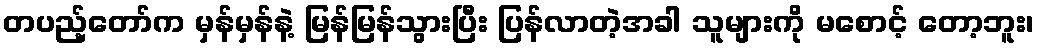
တပည့်တော်က မှန်မှန်နဲ့ မြန်မြန်သွားပြီး ပြန်လာတဲ့အခါ သူများကို မစောင့် တော့ဘူး၊